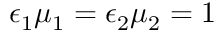
\epsilon _ { 1 } \mu _ { 1 } = \epsilon _ { 2 } \mu _ { 2 } = 1